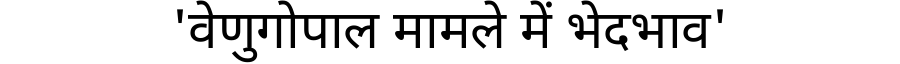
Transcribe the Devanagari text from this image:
'वेणुगोपाल मामले में भेदभाव'